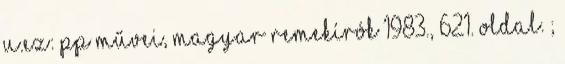
u.ez: PP művei, Magyar Remekírók 1983., 621. oldal. ;